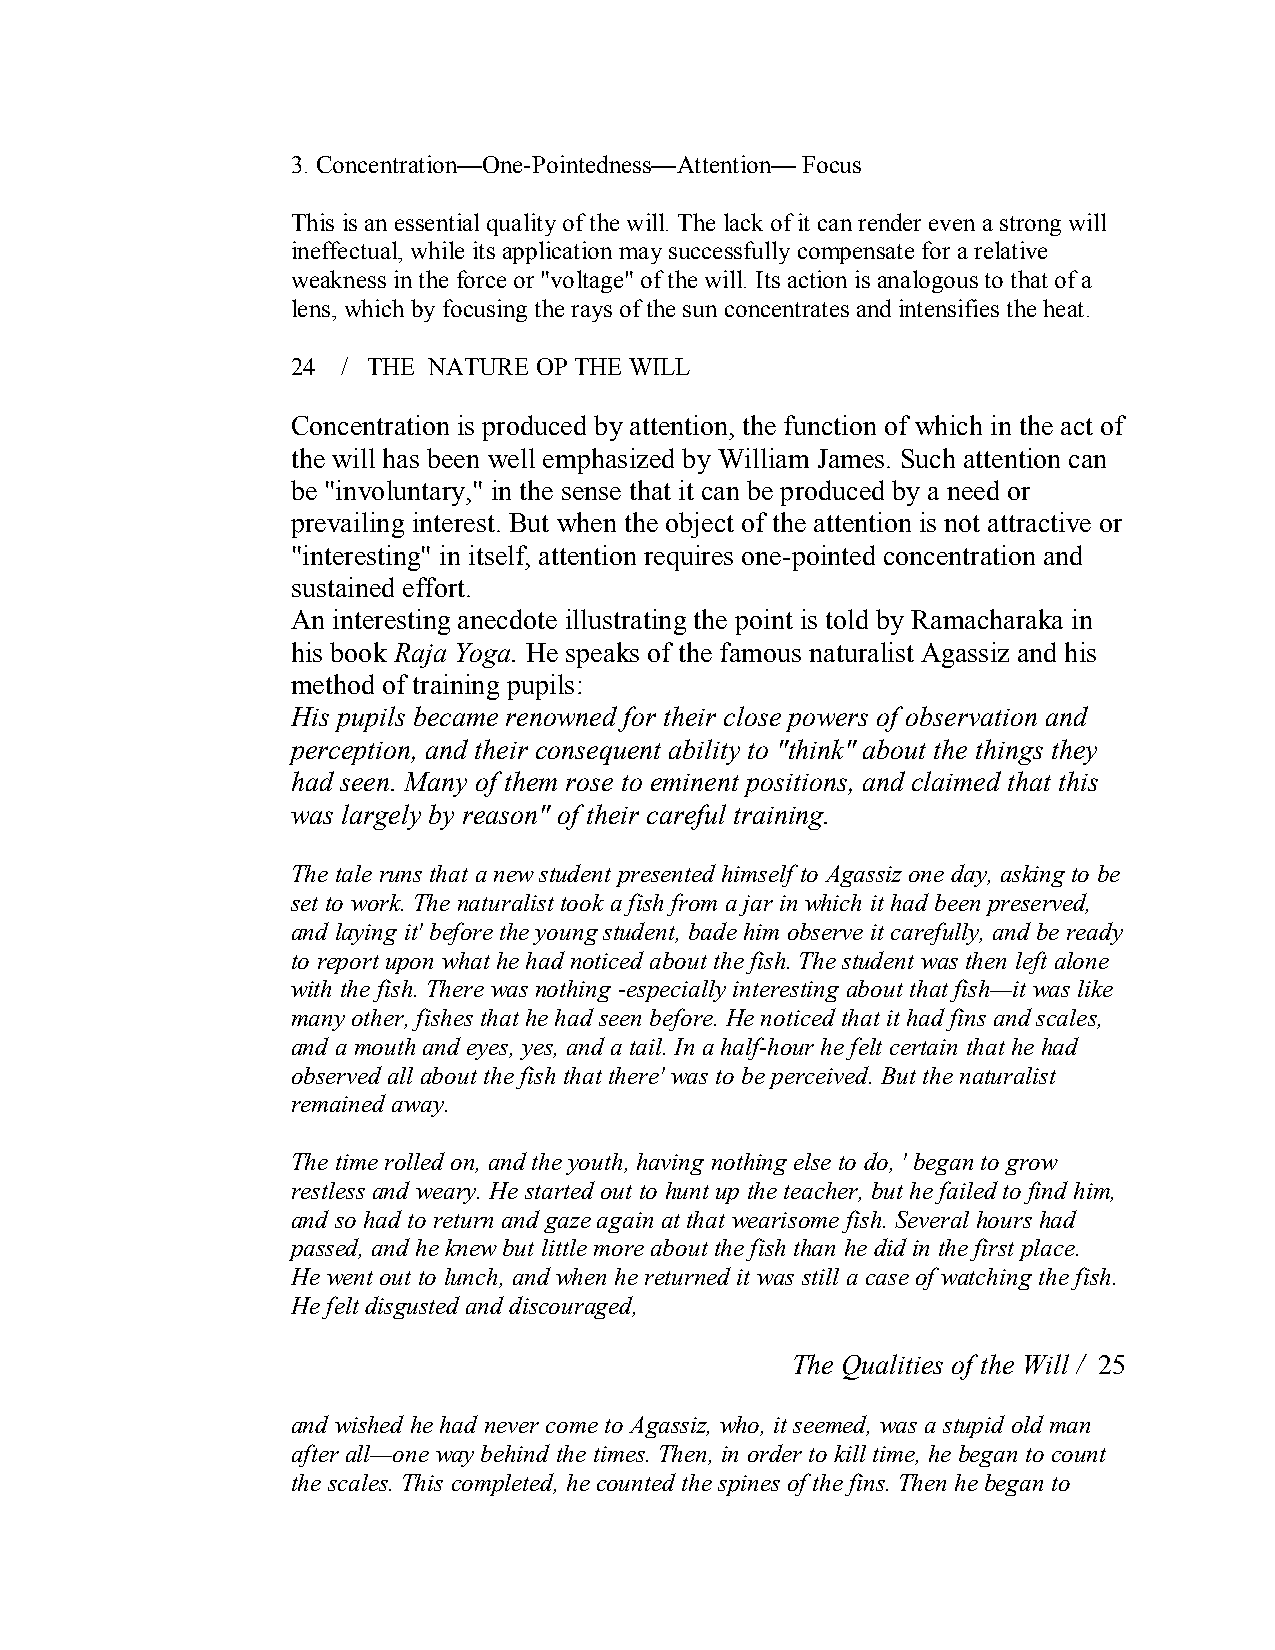
3. Concentration—One­Pointedness—Attention— Focus
 This is an essential quality of the will. The lack of it can render even a strong will
 ineffectual, while its application may successfully compensate for a relative
 weakness in the force or "voltage" of the will. Its action is analogous to that of a
 lens, which by focusing the rays of the sun concentrates and intensifies the heat.
 24  / THE NATURE OP THE WILL
 Concentration is produced by attention, the function of which in the act of
 the will has been well emphasized by William James. Such attention can
 be "involuntary," in the sense that it can be produced by a need or
 prevailing interest. But when the object of the attention is not attractive or
 "interesting" in itself, attention requires one­pointed concentration and
 sustained effort.
 An interesting anecdote illustrating the point is told by Ramacharaka in
 his book Raja Yoga. He speaks of the famous naturalist Agassiz and his
 method of training pupils:
 His pupils became renowned for their close powers of observation and
 perception, and their consequent ability to "think" about the things they
 had seen. Many of them rose to eminent positions, and claimed that this
 was largely by reason" of their careful training.
 The tale runs that a new student presented himself to Agassiz one day, asking to be
 set to work. The naturalist took a fish from a jar in which it had been preserved,
 and laying it' before the young student, bade him observe it carefully, and be ready
 to report upon what he had noticed about the fish. The student was then left alone
 with the fish. There was nothing ­especially interesting about that fish—it was like
 many other, fishes that he had seen before. He noticed that it had fins and scales,
 and a mouth and eyes, yes, and a tail. In a half­hour he felt certain that he had
 observed all about the fish that there' was to be perceived. But the naturalist
 remained away.
 The time rolled on, and the youth, having nothing else to do, ' began to grow
 restless and weary. He started out to hunt up the teacher, but he failed to find him,
 and so had to return and gaze again at that wearisome fish. Several hours had
 passed, and he knew but little more about the fish than he did in the first place.
 He went out to lunch, and when he returned it was still a case of watching the fish.
 He felt disgusted and discouraged,
 The Qualities of the Will / 25
 and wished he had never come to Agassiz, who, it seemed, was a stupid old man
 after all—one way behind the times. Then, in order to kill time, he began to count
 the scales. This completed, he counted the spines of the fins. Then he began to